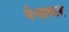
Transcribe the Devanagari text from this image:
मेधाकर